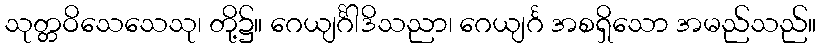
သုတ္တဝိသေသေသု၊ တို့၌။ ဂေယျင်္ဂါဒိသညာ၊ ဂေယျင်္ဂ အစရှိသော အမည်သည်။